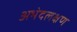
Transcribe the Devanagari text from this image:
अभेदलक्षण